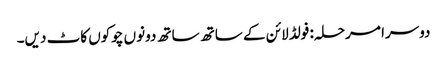
دوسرا مرحلہ: فولڈ لائن کے ساتھ ساتھ دونوں چوکوں کاٹ دیں۔